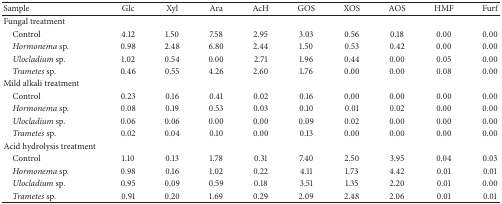
| Sample | Glc | Xyl | Ara | AcH | GOS | XOS | AOS | HMF | Furf |
 | --- | --- | --- | --- | --- | --- | --- | --- | --- | --- |
 | Fungal treatment |  |  |  |  |  |  |  |  |  |
 | Control | 4.12 | 1.50 | 7.58 | 2.95 | 3.03 | 0.56 | 0.18 | 0.00 | 0.00 |
 | Hormonema sp. | 0.98 | 2.48 | 6.80 | 2.44 | 1.50 | 0.53 | 0.42 | 0.00 | 0.00 |
 | Ulocladium sp. | 1.02 | 0.54 | 0.00 | 2.71 | 1.96 | 0.44 | 0.00 | 0.05 | 0.00 |
 | Trametes sp. | 0.46 | 0.55 | 4.26 | 2.60 | 1.76 | 0.00 | 0.00 | 0.08 | 0.00 |
 | Mild alkali treatment |  |  |  |  |  |  |  |  |  |
 | Control | 0.23 | 0.16 | 0.41 | 0.02 | 0.16 | 0.00 | 0.00 | 0.00 | 0.00 |
 | Hormonema sp. | 0.08 | 0.19 | 0.53 | 0.03 | 0.10 | 0.01 | 0.02 | 0.00 | 0.00 |
 | Ulocladium sp. | 0.06 | 0.06 | 0.00 | 0.00 | 0.09 | 0.02 | 0.00 | 0.00 | 0.00 |
 | Trametes sp. | 0.02 | 0.04 | 0.10 | 0.00 | 0.13 | 0.00 | 0.00 | 0.00 | 0.00 |
 | Acid hydrolysis treatment |  |  |  |  |  |  |  |  |  |
 | Control | 1.10 | 0.13 | 1.78 | 0.31 | 7.40 | 2.50 | 3.95 | 0.04 | 0.03 |
 | Hormonema sp. | 0.98 | 0.16 | 1.02 | 0.22 | 4.11 | 1.73 | 4.42 | 0.01 | 0.01 |
 | Ulocladium sp. | 0.95 | 0.09 | 0.59 | 0.18 | 3.51 | 1.35 | 2.20 | 0.01 | 0.00 |
 | Trametes sp. | 0.91 | 0.20 | 1.69 | 0.29 | 2.09 | 2.48 | 2.06 | 0.01 | 0.01 |